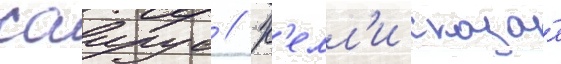
саирус // К'елл'и сказа́л